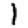
Digit: 1